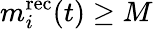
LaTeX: m_{i}^{\mathrm{rec}}(t)\geq M